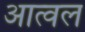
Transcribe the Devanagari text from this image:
आत्वल